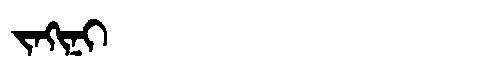
Manchu: ᠵᠠᡴᡳᠨᡳ
Romanization: JAKINI